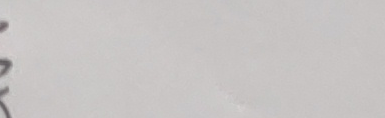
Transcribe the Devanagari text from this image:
से